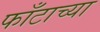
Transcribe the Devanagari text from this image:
फाँटाच्या